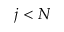
j < N